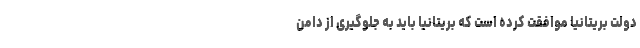
دولت بریتانیا موافقت کرده است که بریتانیا باید به جلوگیری از دامن